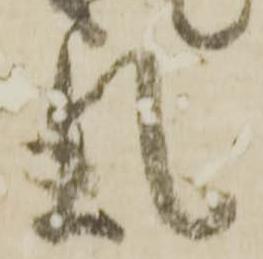
氣